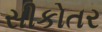
સીકોતર